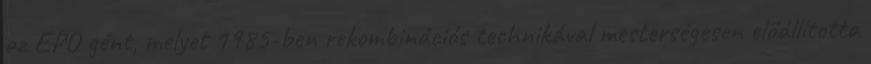
az EPO gént, melyet 1985-ben rekombinációs technikával mesterségesen előállította